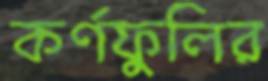
কর্ণফুলির